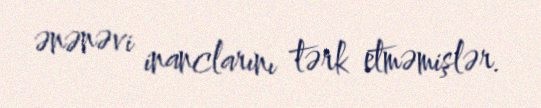
ənənəvi inanclarını tərk etməmişlər.